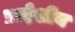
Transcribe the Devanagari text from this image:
प्रादेशीय